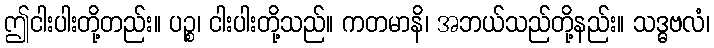
ဤငါးပါးတို့တည်း။ ပဉ္စ၊ ငါးပါးတို့သည်။ ကတမာနိ၊ အဘယ်သည်တို့နည်း။ သဒ္ဓဗလံ၊